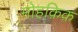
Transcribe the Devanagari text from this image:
मोहक़िक़